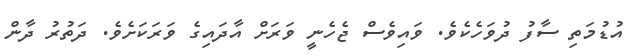
އުޑުމަތި ސާފު ދުވަހެކެވެ. ވައިވެސް ޖެހެނީ ވަރަށް އާދައިގެ ވަރަކަށެވެ. ދަތުރު ދާން